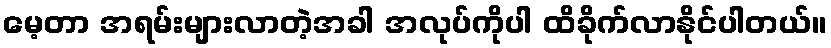
မေ့တာ အရမ်းများလာတဲ့အခါ အလုပ်ကိုပါ ထိခိုက်လာနိုင်ပါတယ်။